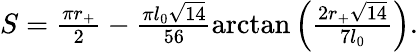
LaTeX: \begin{array}{r}{S=\frac{\pi r_{+}}{2}-\frac{\pi l_{0}\sqrt{14}}{56}\arctan\left(\frac{2r_{+}\sqrt{14}}{7l_{0}}\right).}\end{array}